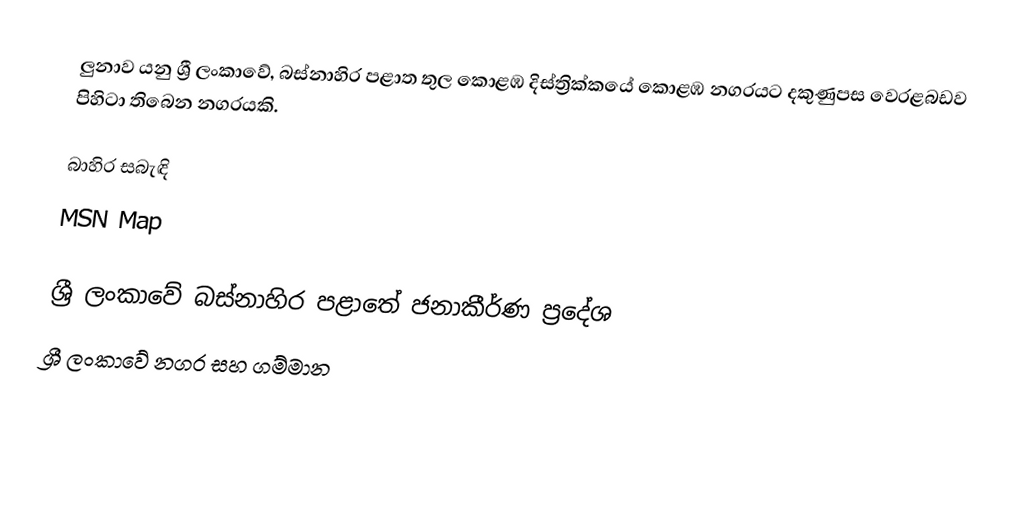
ලුනාව යනු ශ්‍රී ලංකාවේ, බස්නාහිර පළාත තුල කොළඹ දිස්ත්‍රික්කයේ කොළඹ නගරයට දකුණුපස වෙරළබඩව පිහිටා තිබෙන නගරයකි.

බාහිර සබැඳි
 MSN Map

ශ්‍රී ලංකාවේ බස්නාහිර පළාතේ ජනාකීර්ණ ප්‍රදේශ
ශ්‍රී ලංකාවේ නගර සහ ගම්මාන